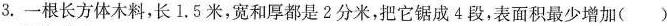
3.一根长方体木料，长1.5米，宽和厚都是2分米，把它锯成4段，表面积最少增加()